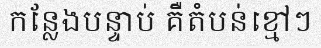
កន្លែងបន្ទាប់ គឺតំបន់ខ្មៅៗ